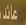
عافد